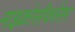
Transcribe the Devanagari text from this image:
माइक्रोसीक्वेंसर